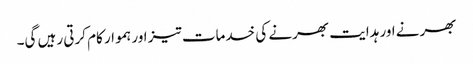
بھرنے اور ہدایت بھرنے کی خدمات تیز اور ہموار کام کرتی رہیں گی۔